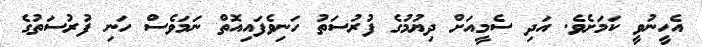
އެހީނުވީ ކަމަށެވެ. އަދި ސެމީއަށް ދިޔުމުގެ ފުރުސަތު ހަނިވެފައިއޮތް ނަމަވެސް ހަނި ފުރުސަތުގެ